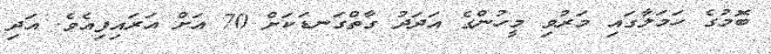
ބޮމުގެ ހަމަލާގައި މަރުވި މީހުންގެ އަދަދު ގާތްގަނޑަކަށް 70 އަށް އަރައިފިއެވެ. އަދި